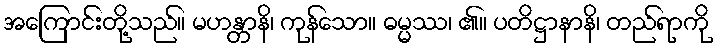
အကြောင်းတို့သည်။ မဟန္တာနိ၊ ကုန်သော။ ဓမ္မဿ၊ ၏။ ပတိဋ္ဌာနာနိ၊ တည်ရာကို